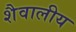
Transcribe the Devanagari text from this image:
शैवालीय